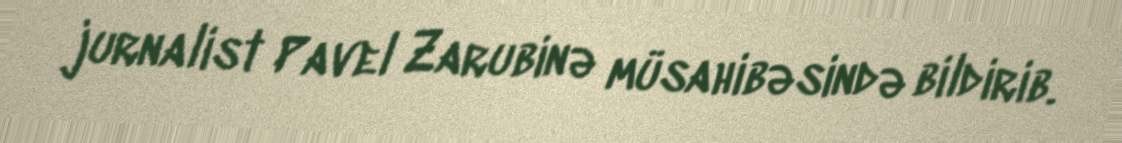
jurnalist Pavel Zarubinə müsahibəsində bildirib.